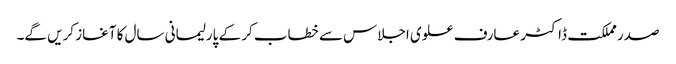
صدر مملکت ڈاکٹر عارف علوی اجلاس سے خطاب کر کے پارلیمانی سال کا آغاز کریں گے۔